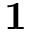
\textbf { 1 }